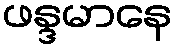
ဖန္ဒမာနေ